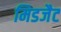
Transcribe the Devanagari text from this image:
मिडजैट